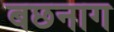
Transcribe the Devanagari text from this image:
बछनाग